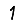
Digit: 1